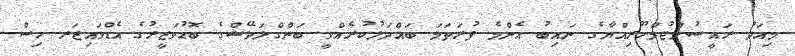
މިއަދު ރައީސުލްޖުމްހޫރިއްޔާގެ ނައިބު އެންމެ ފުރަތަމަ ބައްދަލުކުރެއްވީ ބަންގްލަދޭޝްގެ ބޮޑުވަޒީރުގެ އެޑްވައިޒަރ ހިސް